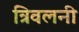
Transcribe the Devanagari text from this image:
त्रिवलनी